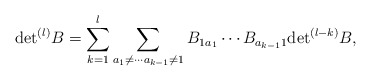
\begin{align*}{\rm det}^{(l)} B = \sum_{k=1}^l \sum_{a_1 \neq \cdots a_{k-1} \neq 1} B_{1 a_1}\cdots B_{a_{k-1} 1} {\rm det }^{(l-k)}B ,\end{align*}